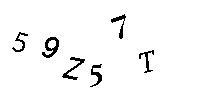
59Z57T